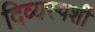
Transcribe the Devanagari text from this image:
दिव्यस्पर्शी